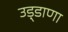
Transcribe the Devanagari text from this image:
उड़्डाणा